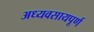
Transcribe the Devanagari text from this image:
अध्यवसायपूर्ण